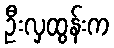
ဦးလှထွန်းက